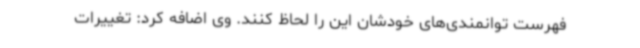
فهرست توانمندی‌های خودشان این را لحاظ کنند. وی اضافه کرد: تغییرات